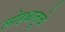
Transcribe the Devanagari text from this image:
लोहधातूचे